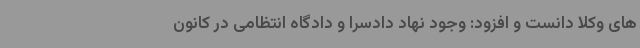
های وکلا دانست و افزود: وجود نهاد دادسرا و دادگاه انتظامی در کانون